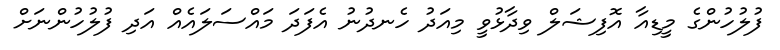
ފުލުހުންގެ މީޑިއާ އޮފިޝަލް ވިދާޅުވީ މިއަދު ހެނދުނު އެފަދަ މައްސަލައެއް އަދި ފުލުހުންނަށް